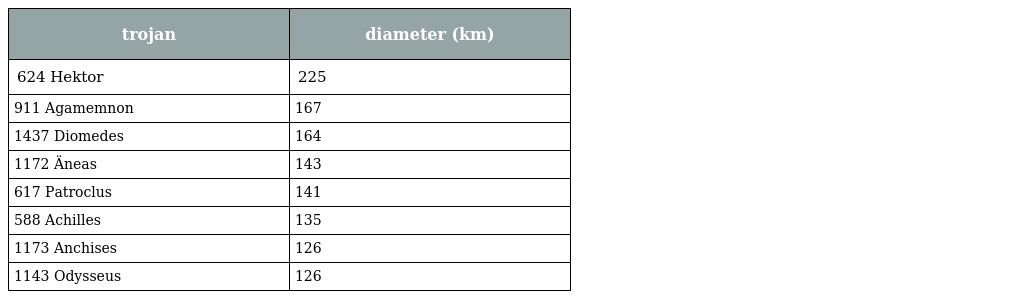
| trojan | diameter (km) |
 | --- | --- |
 | 624 Hektor | 225 |
 | 911 Agamemnon | 167 |
 | 1437 Diomedes | 164 |
 | 1172 Äneas | 143 |
 | 617 Patroclus | 141 |
 | 588 Achilles | 135 |
 | 1173 Anchises | 126 |
 | 1143 Odysseus | 126 |